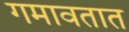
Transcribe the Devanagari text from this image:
गमावतात